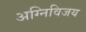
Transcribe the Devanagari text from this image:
अग्निविजय